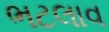
ભટલાવ